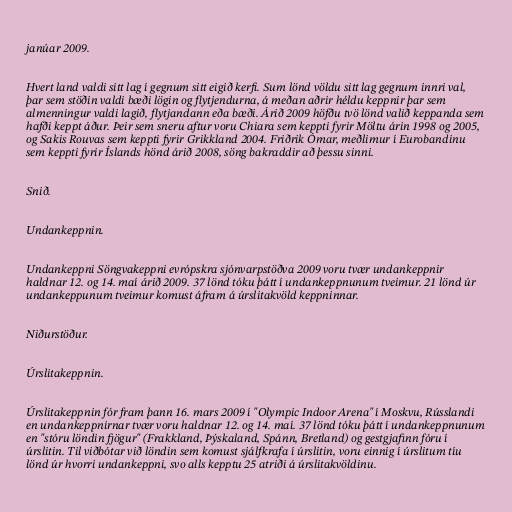
janúar 2009.

Hvert land valdi sitt lag í gegnum sitt eigið kerfi. Sum lönd völdu sitt lag gegnum innri val,
þar sem stöðin valdi bæði lögin og flytjendurna, á meðan aðrir héldu keppnir þar sem
almenningur valdi lagið, flytjandann eða bæði. Árið 2009 höfðu tvö lönd valið keppanda sem
hafði keppt áður. Þeir sem sneru aftur voru Chiara sem keppti fyrir Möltu árin 1998 og 2005,
og Sakis Rouvas sem keppti fyrir Grikkland 2004. Friðrik Ómar, meðlimur í Eurobandinu
sem keppti fyrir Íslands hönd árið 2008, söng bakraddir að þessu sinni.

Snið.

Undankeppnin.

Undankeppni Söngvakeppni evrópskra sjónvarpstöðva 2009 voru tvær undankeppnir
haldnar 12. og 14. maí árið 2009. 37 lönd tóku þátt í undankeppnunum tveimur. 21 lönd úr
undankeppunum tveimur komust áfram á úrslitakvöld keppninnar.

Niðurstöður.

Úrslitakeppnin.

Úrslitakeppnin fór fram þann 16. mars 2009 í "Olympic Indoor Arena" í Moskvu, Rússlandi
en undankeppnirnar tvær voru haldnar 12. og 14. maí. 37 lönd tóku þátt í undankeppnunum
en "stóru löndin fjögur" (Frakkland, Þýskaland, Spánn, Bretland) og gestgjafinn fóru í
úrslitin. Til viðbótar við löndin sem komust sjálfkrafa í úrslitin, voru einnig í úrslitum tíu
lönd úr hvorri undankeppni, svo alls kepptu 25 atriði á úrslitakvöldinu.